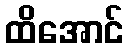
ထိအောင်